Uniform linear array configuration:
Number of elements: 32
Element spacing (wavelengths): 0.25
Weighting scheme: binomial
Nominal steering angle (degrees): -30
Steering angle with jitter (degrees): -28.562
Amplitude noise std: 0.05
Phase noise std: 0.05

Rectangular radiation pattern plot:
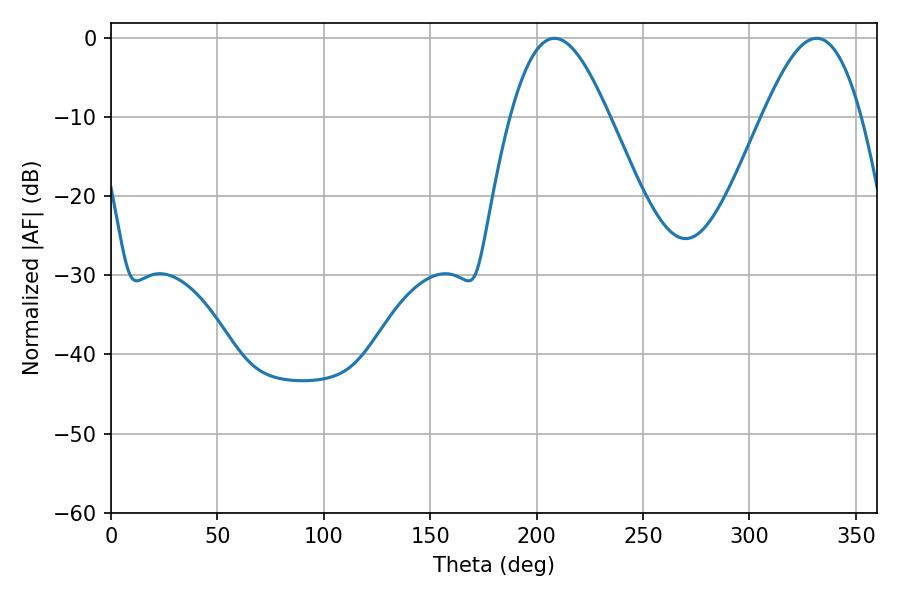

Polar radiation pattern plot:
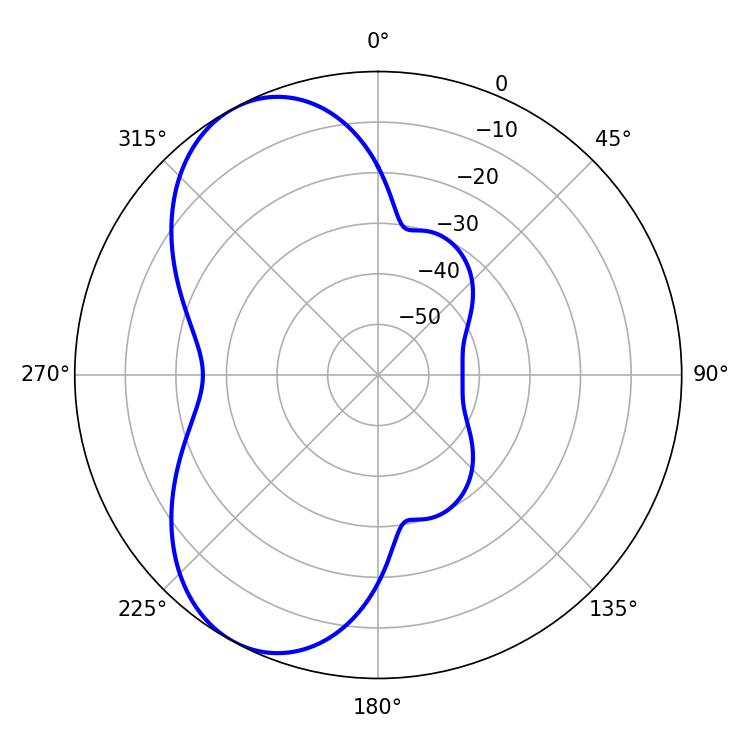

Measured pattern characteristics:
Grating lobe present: FALSE
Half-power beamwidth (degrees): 24.84
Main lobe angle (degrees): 208.44